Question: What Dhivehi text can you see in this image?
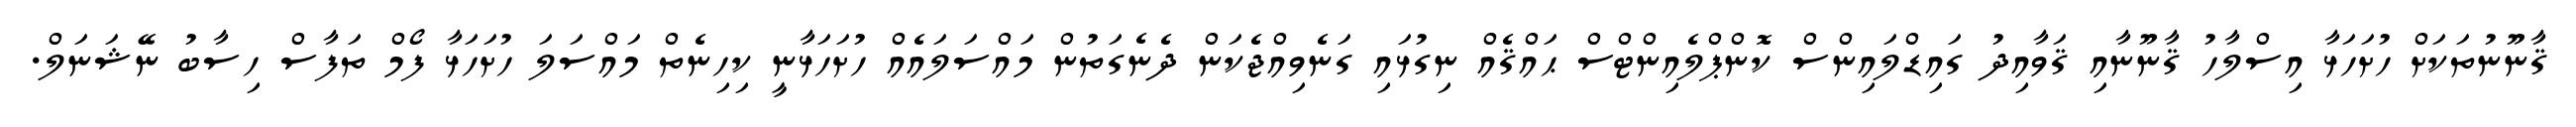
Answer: ޤާނޫނުތަކަށް ހުށަހަޅާ އިސްލާހު ޤާނޫނާއި ޤަވާއިދު ގައިޑްލައިންސް ކޮންޕްލެއިންޓްސް ޙައްޤެއް ނިގުޅައި ގަނެވިއްޖެކަން ދެނެގަތުން މައްސަލައެއް ހުށަހަޅާނީ ކިހިނެތް މައްސަލަ ހުށަހަޅާ ފޯމް ތަފާސް ހިސާބު ނޭޝަނަލް.